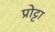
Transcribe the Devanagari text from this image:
प्रोट्टा